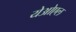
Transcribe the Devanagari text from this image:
येओएल